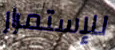
للإستمرار